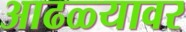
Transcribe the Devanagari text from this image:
आढळ्यावर